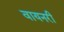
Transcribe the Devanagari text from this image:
वायनरी